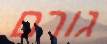
גורם